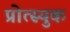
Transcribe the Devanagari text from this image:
प्रोत्स्युक